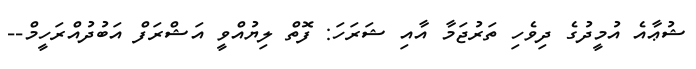
ޝުޢާއެ އުމީދުގެ ދިވެހި ތަރުޖަމާ އާއި ޝަރަހަ: ފޮތް ލިޔުއްވީ އަޝްރަފް އަބުދުއްރަހީމް--